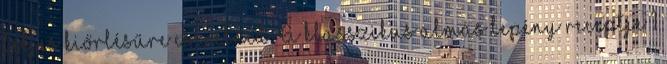
teljes kiőrlésűre cserélned. A klasszikus almás lepény receptje 1